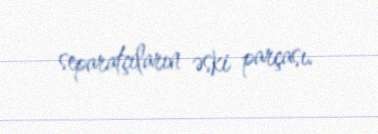
separatçıların əski parçası.